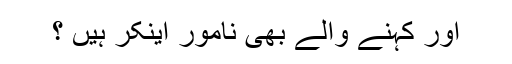
اور کہنے والے بھی نامور اینکر ہیں ؟